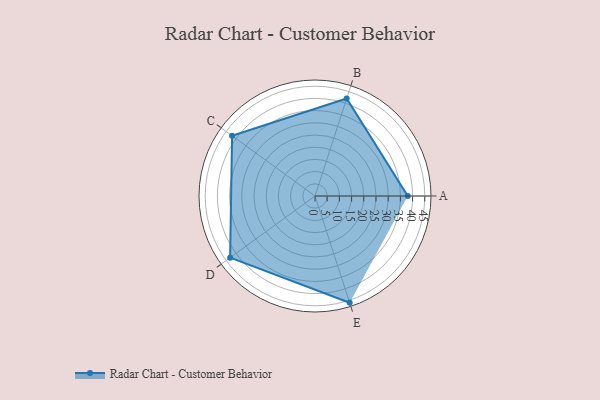
{"axis": {"x": "Skill", "y": "Score"}, "legend": ["Profile"], "data": [{"x": "A", "y": 38.0, "type": "Profile"}, {"x": "B", "y": 42.0, "type": "Profile"}, {"x": "C", "y": 42.0, "type": "Profile"}, {"x": "D", "y": 43.0, "type": "Profile"}, {"x": "E", "y": 46.0, "type": "Profile"}]}